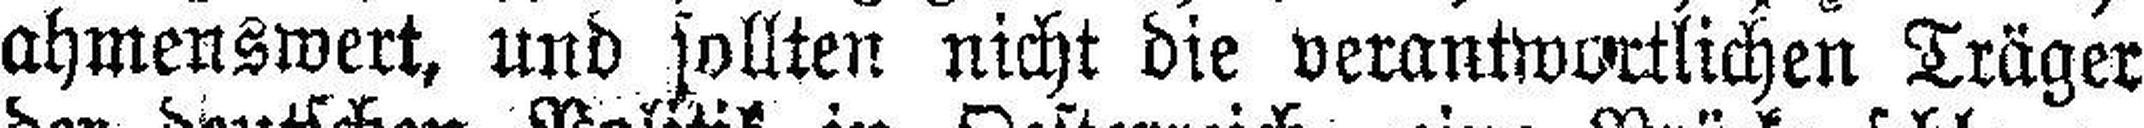
ahmenswert, und sollten nicht die verantwortlichen Träger